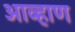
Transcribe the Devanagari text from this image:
आव्हाण